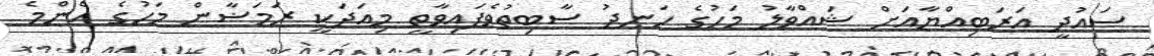
ސައުދީ އަރަބިއްޔާއަށް ޝައްވާލު މަހުގެ ހަނދު ސާބިތުވެފައިވާތީ މިއަދަކީ ރަމަޟާން މަހުގެ އެންމެ